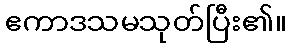
ဧကာဒသမသုတ်ပြီး၏။